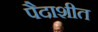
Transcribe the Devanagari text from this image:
पैदाशीत